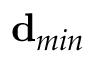
\mathbf { d } _ { m i n }